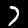
Digit: 7